Report on vaccination in the Province of Bengal - 1869-1873
Year: 1869
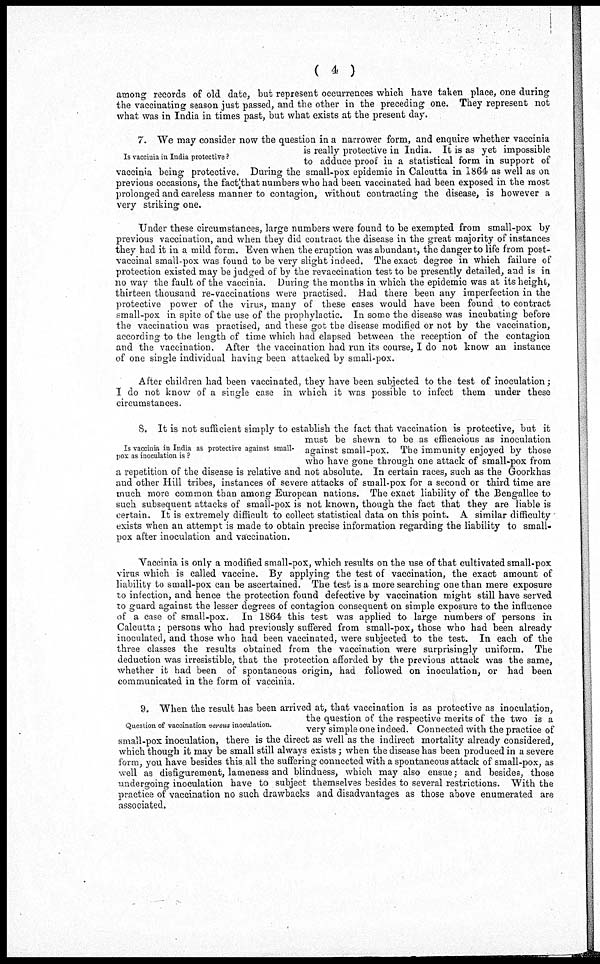
( 4 )
among records of old date, but represent occurrences which have taken place, one during
the vaccinating season just passed, and the other in the preceding one. They represent not
what was in India in times past, but what exists at the present day.
Is vaccinia in India protective ?
7. We may consider now the question in a narrower form, and enquire whether vaccinia
is really protective in India. It is as yet impossible
to adduce proof in a statistical form in support of
vaccinia being protective. During the small-pox epidemic in Calcutta in 1864 as well as on
previous occasions, the fact that numbers who had been vaccinated had been exposed in the most
prolonged and careless manner to contagion, without contracting the disease, is however a
very striking one.
Under these circumstances, large numbers were found to be exempted from small-pox by
previous vaccination, and when they did contract the disease in the great majority of instances
they had it in a mild form. Even when the eruption was abundant, the danger to life from post-
vaccinal small-pox was found to be very slight indeed. The exact degree in which failure of
protection existed may be judged of by the revaccination test to be presently detailed, and is in
no way the fault of the vaccinia. During the months in which the epidemic was at its height,
thirteen thousand re-vaccinations were practised. Had there been any imperfection in the
protective power of the virus, many of these cases would have been found to contract
small-pox in spite of the use of the prophylactic. In some the disease was incubating before
the vaccination was practised, and these got the disease modified or not by the vaccination,
according to the length of time which had elapsed between the reception of the contagion
and the vaccination. After the vaccination had run its course, I do not know an instance
of one single individual having been attacked by small-pox.
After children had been vaccinated, they have been subjected to the test of inoculation;
I do not know of a single case in which it was possible to infect them under these
circumstances.
Is vaccinia in India as protective against small-
pox as inoculation is ?
8. It is not sufficient simply to establish the fact that vaccination is protective, but it
must be shewn to be as efficacious as inoculation
against small-pox. The immunity enjoyed by those
who have gone through one attack of small-pox from
a repetition of the disease is relative and not absolute. In certain races, such as the Goorkhas
and other Hill tribes, instances of severe attacks of small-pox for a second or third time are
much more common than among European nations. The exact liability of the Bengallee to
such subsequent attacks of small-pox is not known, though the fact that they are liable is
certain. It is extremely difficult to collect statistical data on this point. A similar difficulty
exists when an attempt is made to obtain precise information regarding the liability to small-
pox after inoculation and vaccination.
Vaccinia is only a modified small-pox, which results on the use of that cultivated small-pox
virus which is called vaccine. By applying the test of vaccination, the exact amount of
liability to small-pox can be ascertained. The test is a more searching one than mere exposure
to infection, and hence the protection found defective by vaccination might still have served
to guard against the lesser degrees of contagion consequent on simple exposure to the influence
of a case of small-pox. In 1864 this test was applied to large numbers of persons in
Calcutta; persons who had previously suffered from small-pox, those who had been already
inoculated, and those who had been vaccinated, were subjected to the test. In each of the
three classes the results obtained from the vaccination were surprisingly uniform. The
deduction was irresistible, that the protection afforded by the previous attack was the same,
whether it had been of spontaneous origin, had followed on inoculation, or had been
communicated in the form of vaccinia.
Question of vaccination versus inoculation.
9. When the result has been arrived at, that vaccination is as protective as inoculation,
the question of the respective merits of the two is a
very simple one indeed. Connected with the practice of
small-pox inoculation, there is the direct as well as the indirect mortality already considered,
which though it may be small still always exists; when the disease has been produced in a severe
form, you have besides this all the suffering connected with a spontaneous attack of small-pox, as
well as disfigurement, lameness and blindness, which may also ensue; and besides, those
undergoing inoculation have to subject themselves besides to several restrictions. With the
practice of vaccination no such drawbacks and disadvantages as those above enumerated are
associated.